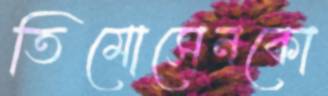
তিমোসেনকো